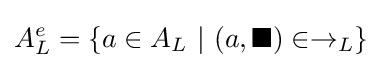
A_{L}^{e}=\{a\in A_{L}\ |\ (a,\blacksquare )\in \rightarrow _{L}\}